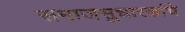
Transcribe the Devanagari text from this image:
समाजसुधारकांचे